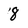
Character: 8